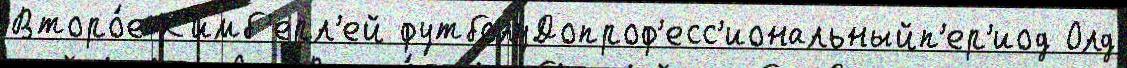
Второ́е К'имб'ерл'ей футболуДопроф'есс'иональныйп'ер'иод Олд